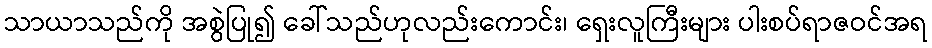
သာယာသည်ကို အစွဲပြု၍ ခေါ်သည်ဟုလည်းကောင်း၊ ရှေးလူကြီးများ ပါးစပ်ရာဇဝင်အရ